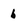
Character: 6